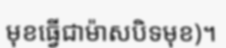
មុខធ្វើជាម៉ាសបិទមុខ)។